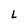
Character: L